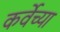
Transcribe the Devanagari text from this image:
कर्वेच्या